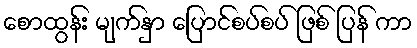
စောထွန်း မျက်နှာ ပြောင်စပ်စပ် ဖြစ် ပြန် ကာ